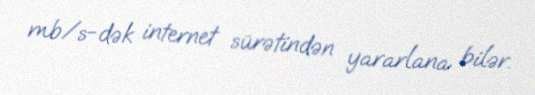
mb/s-dək internet sürətindən yararlana bilər.